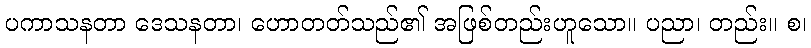
ပကာသနတာ ဒေသနတာ၊ ဟောတတ်သည်၏ အဖြစ်တည်းဟူသော။ ပညာ၊ တည်း။ စ၊